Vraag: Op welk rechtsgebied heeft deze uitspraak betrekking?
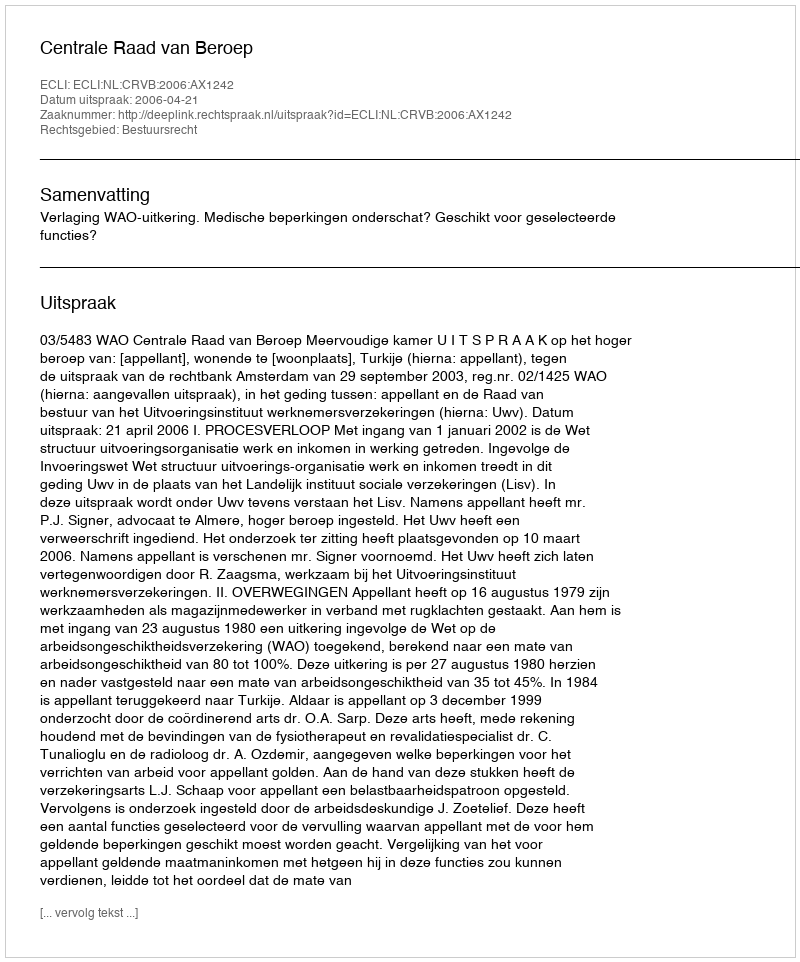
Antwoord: Bestuursrecht